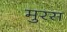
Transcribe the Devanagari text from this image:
मुरस